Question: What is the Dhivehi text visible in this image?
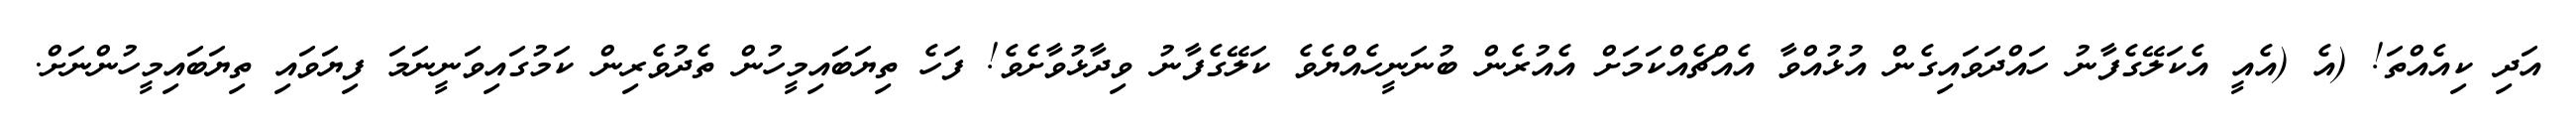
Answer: އަދި ކިއެއްތަ! (އެ (އެއީ އެކަލޭގެފާނު ހައްދަވައިގެން އުޅުއްވާ އެއްޗެއްކަމަށް އެއުރެން ބުނަނީހެއްޔެވެ ކަލޭގެފާނު ވިދާޅުވާށެވެ! ފަހެ ތިޔަބައިމީހުން ތެދުވެރިން ކަމުގައިވަނީނަމަ ފިޔަވައި ތިޔަބައިމީހުންނަށް.